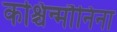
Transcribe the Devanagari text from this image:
कश्चिन्मौनिना